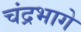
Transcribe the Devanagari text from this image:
चंद्रभागे